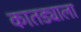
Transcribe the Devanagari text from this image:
कातड्याला